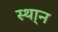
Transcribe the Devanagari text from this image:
स्था्न